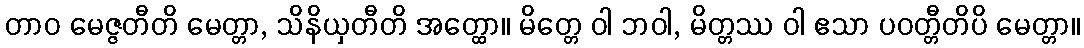
တာဝ မေဇ္ဇတီတိ မေတ္တာ, သိနိယှတီတိ အတ္ထော။ မိတ္တေ ဝါ ဘဝါ, မိတ္တဿ ဝါ ဧသာ ပဝတ္တီတိပိ မေတ္တာ။